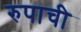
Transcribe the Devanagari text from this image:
रुपाची